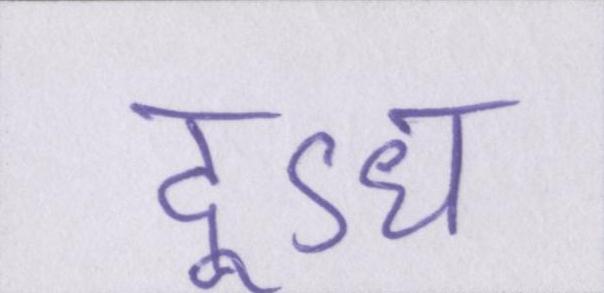
दूऽध